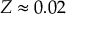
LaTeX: Z \approx 0 . 0 2